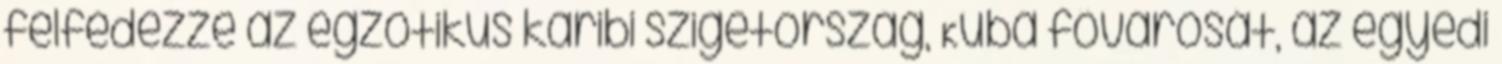
felfedezze az egzotikus karibi szigetország, Kuba fővárosát, az egyedi